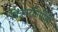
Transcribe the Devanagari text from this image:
चित्रपटनिर्मीती